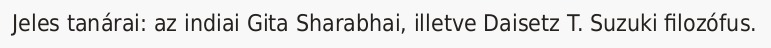
Jeles tanárai: az indiai Gita Sharabhai, illetve Daisetz T. Suzuki filozófus.